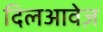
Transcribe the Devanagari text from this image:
दिलआवेज़